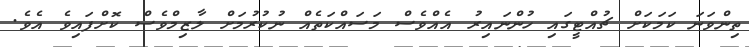
ތިންވަނަ ކަމަކަށް ޗުއްޓީގައި ހުންނައިރު އެއްވެސް މަސައްކަތެއް ނުކުރުމަށް ލާޒިމްވެސް ކޮށްފައިވެ އެވެ.